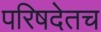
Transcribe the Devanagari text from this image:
परिषदेतच